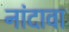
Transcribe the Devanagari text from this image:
नांदावा